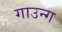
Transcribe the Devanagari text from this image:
गाउन्ग